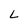
Character: L